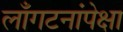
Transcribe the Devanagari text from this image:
लाँगटनांपेक्षा